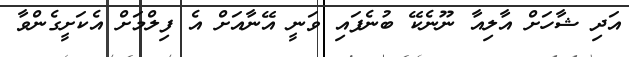
އަދި ޝާހަށް އާލިއާ ނޫނެކޭ ބުނެފައި ވަނީ އޭނާއަށް އެ ފިލްމަށް އެކަށީގެންވާ